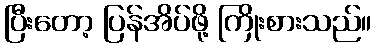
ပြီးတော့ ပြန်အိပ်ဖို့ ကြိုးစားသည်။